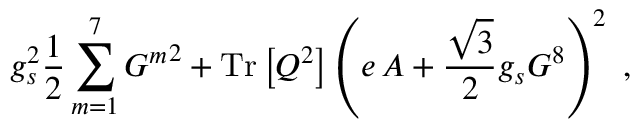
g _ { s } ^ { 2 } \frac { 1 } { 2 } \sum _ { m = 1 } ^ { 7 } { G ^ { m } } ^ { 2 } + \mathrm { T r } \left[ Q ^ { 2 } \right] \left( e \, A + \frac { \sqrt { 3 } } { 2 } g _ { s } G ^ { 8 } \right) ^ { 2 } \ ,